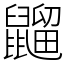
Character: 䶉